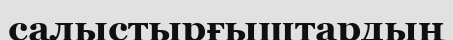
салыстырғыштардың